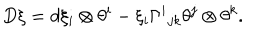
LaTeX: D \xi = d \xi _ { i } \otimes \theta ^ { i } - \xi _ { i } \Gamma ^ { i } { } _ { j k } \theta ^ { j } \otimes \theta ^ { k } .